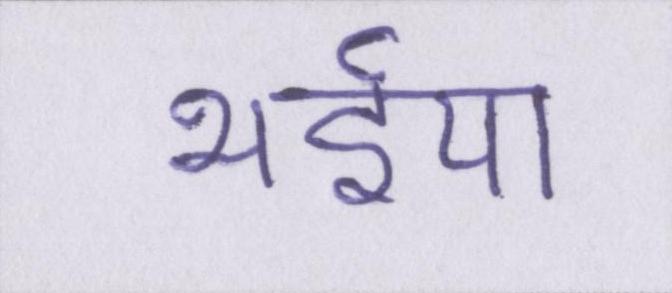
भईया